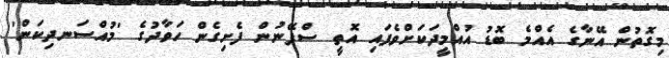
މިގޮތުން އޭނާގެ އެއްމެ ބޮޑު އުއްމީދަކަށްވެފައި އޮތީ ސްޕޭނުން ފެށިގެން ހަވާދުގެ 'މުއްސަނދިކަން'